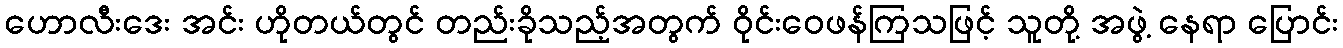
ဟောလီးဒေး အင်း ဟိုတယ်တွင် တည်းခိုသည့်အတွက် ဝိုင်းဝေဖန်ကြသဖြင့် သူတို့ အဖွဲ့ နေရာ ပြောင်း